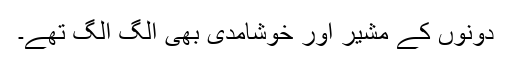
دونوں کے مشیر اور خوشامدی بھی الگ الگ تھے۔